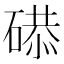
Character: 𥔸